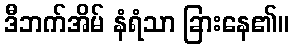
ဒီဘက်အိမ် နံရံသာ ခြားနေ၏။